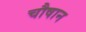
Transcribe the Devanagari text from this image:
चौषान